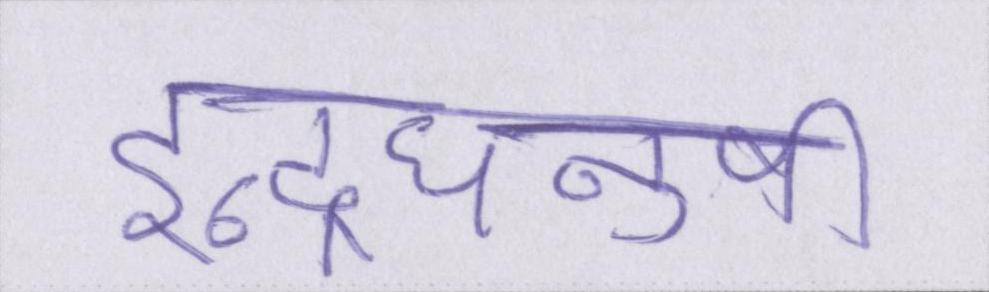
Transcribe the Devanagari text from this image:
इन्द्रधनुषी